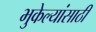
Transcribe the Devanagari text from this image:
भुकेल्यांसाठी